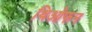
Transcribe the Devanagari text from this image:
थिओफन